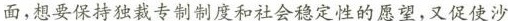
面，想要保持独裁专制制度和社会稳定性的愿望，又促使沙